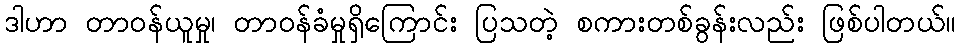
ဒါဟာ တာဝန်ယူမှု၊ တာဝန်ခံမှုရှိကြောင်း ပြသတဲ့ စကားတစ်ခွန်းလည်း ဖြစ်ပါတယ်။